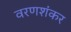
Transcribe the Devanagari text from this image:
वरणशंकर